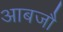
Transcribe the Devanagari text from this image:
आबजौ